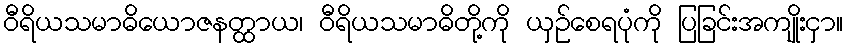
ဝီရိယသမာဓိယောဇနတ္ထာယ၊ ဝီရိယသမာဓိတို့ကို ယှဉ်စေရပုံကို ပြခြင်းအကျိုးငှာ။